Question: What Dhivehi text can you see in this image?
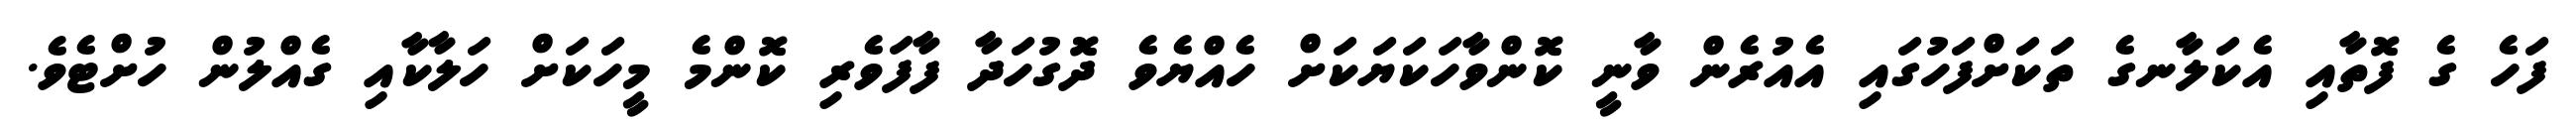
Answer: ފަހެ ގެ ފޮތާއި އެކަލާނގެ ތަކަށްފަހުގައި އެއުރެން ވާނީ ކޮންވާހަކަޔަކަށް ހެއްޔެވެ ދޮގުހަދާ ފާފަވެރި ކޮންމެ މީހަކަށް ހަލާކާއި ގެއްލުން ހުށްޓެވެ.